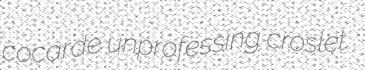
cocarde unprofessing croslet